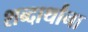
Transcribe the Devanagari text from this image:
शब्दार्थांना